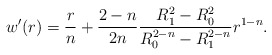
\begin{align*}w'(r)=\frac{r}{n}+\frac{2-n}{2n}\frac{R_1^2-R_0^2}{R_0^{2-n}-R_1^{2-n}}r^{1-n}. \end{align*}